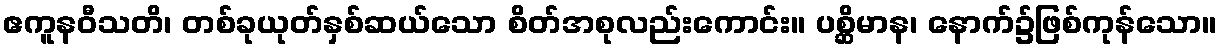
ဧကူနဝီသတိ၊ တစ်ခုယုတ်နှစ်ဆယ်သော စိတ်အစုလည်းကောင်း။ ပစ္ဆိမာန၊ နောက်၌ဖြစ်ကုန်သော။